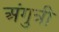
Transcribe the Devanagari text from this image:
अंगुत्री